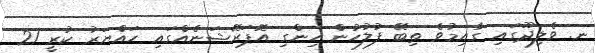
ނ. ވެލިދޫގައި ގާއިމުވެ ތިބޭ ފުލުހުން ހިންގި އޮޕަރޭޝަނެއްގައި ހައްޔަރު ކުރީ 21